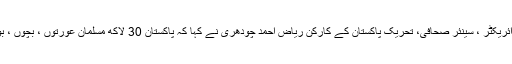
شرکاء سے خطاب کرتے ہوئے بزم اقبال پنجاب کے ڈائریکٹر ، سینئر صحافی، تحریک پاکستان کے کارکن ریاض احمد چودھری نے کہا کہ پاکستان 30 لاکھ مسلمان عورتوں ، بچوں ، بوڑھوں اور نوجوانوں کی قربانیوں کا بے مثل تحفہ ہے۔